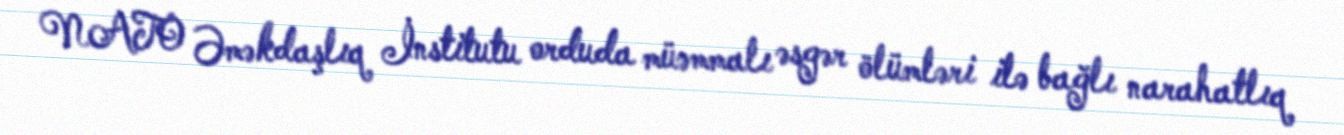
NATO Əməkdaşlıq İnstitutu orduda müəmmalı əsgər ölümləri ilə bağlı narahatlıq